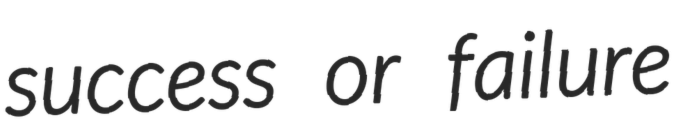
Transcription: success or failure